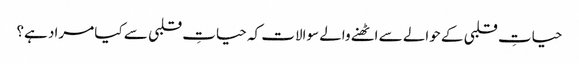
حیاتِ قلبی کے حوالے سے اٹھنے والے سوالات کہ حیاتِ قلبی سے کیا مراد ہے؟